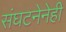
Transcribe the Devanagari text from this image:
संघटनेनेही